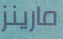
مارينز